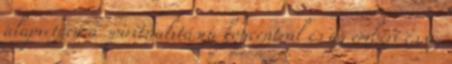
alapvetően a spiritualitásra koncentrál és az emberi és az